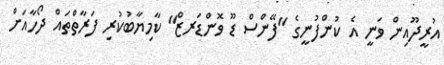
އުރީދޫއިން ވަނީ އެ ކުންފުނީގެ "ފޭންސް ޑޫ ވޮންޑަރޒް" ކާމިޔާބުކުރި ފަރާތްތައް ދޯހާއަށް